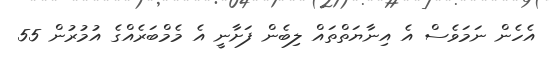
އެހެން ނަމަވެސް އެ އިނާޔަތްތައް ލިބެން ފަށާނީ އެ މެމްބަރެއްގެ އުމުރުން 55